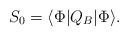
LaTeX: \begin{align*}S_0=\langle\Phi |Q_B|\Phi\rangle . \end{align*}